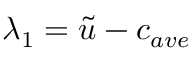
\lambda _ { 1 } = \tilde { u } - c _ { a v e }